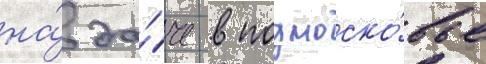
на́ да́че в подмоско́вье